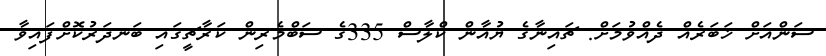
ސަންއަށް ޚަބަރެއް ދެއްވުމަށް: ޗައިނާގެ ޔުއާން ކްލާސް 335ގެ ސަބްމެރިން ކަރާޗީގައި ބަނދަރުކޮށްފައިވާ